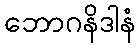
ဘောဂနိဒါနံ